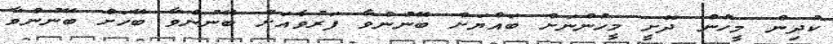
ކުދިން މީހުން ދޮށީ މީހުންނަށް ބައްޔަށް ބޭނުންވާ ފަރުވާއަށް ބޭނުންވާ ބޭހަށް ބޭނުންވާ